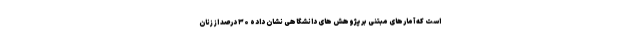
است که آمارهای مبتنی بر پژوهش های دانشگاهی نشان داده ۳۰ درصد از زنان